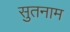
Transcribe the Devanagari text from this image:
सुतनाम